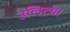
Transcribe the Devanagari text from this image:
उलिटया